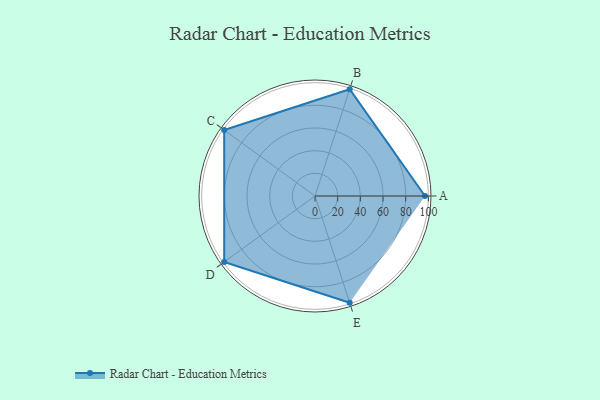
{"axis": {"x": "Skill", "y": "Score"}, "legend": ["Profile"], "data": [{"x": "A", "y": 97.0, "type": "Profile"}, {"x": "B", "y": 99, "type": "Profile"}, {"x": "C", "y": 99, "type": "Profile"}, {"x": "D", "y": 99, "type": "Profile"}, {"x": "E", "y": 99, "type": "Profile"}]}